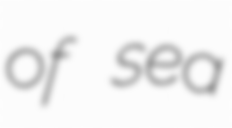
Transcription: of sea